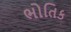
ભોતિક